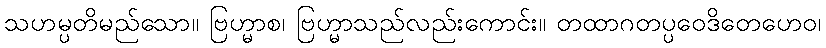
သဟမ္ပတိမည်သော။ ဗြဟ္မာစ၊ ဗြဟ္မာသည်လည်းကောင်း။ တထာဂတပ္ပဝေဒိတေဟေဝ၊